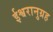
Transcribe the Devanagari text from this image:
ईश्वरानुग्रह